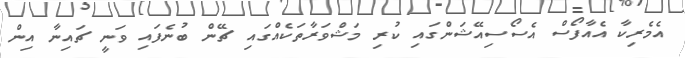
އެމެރިކާ އެއާފޯސް އެސޯސިއޭޝަންގައި ކުރި މަޝްވަރާތަކެއްގައި ޗޭން ބުނެފައި ވަނީ ޗައިނާ އިން